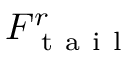
F _ { \mathrm { ~ t ~ a ~ i ~ l ~ } } ^ { r }